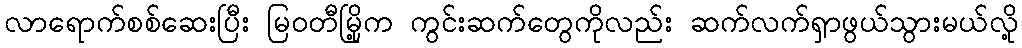
လာရောက်စစ်ဆေးပြီး မြဝတီမြို့က ကွင်းဆက်တွေကိုလည်း ဆက်လက်ရှာဖွယ်သွားမယ်လို့